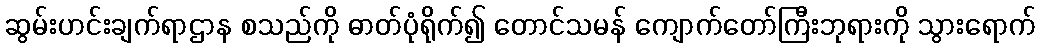
ဆွမ်းဟင်းချက်ရာဌာန စသည်ကို ဓာတ်ပုံရိုက်၍ တောင်သမန် ကျောက်တော်ကြီးဘုရားကို သွားရောက်